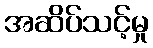
အဆိပ်သင့်မှု